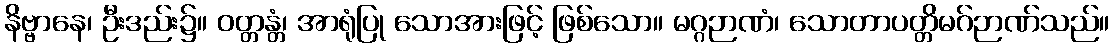
နိဗ္ဗာနေ၊ ဦးဒည်း၌။ ဝတ္တန္တံ၊ အာရုံပြု သောအားဖြင့် ဖြစ်သော။ မဂ္ဂဉာဏံ၊ သောတာပတ္တိမဂ်ဉာဏ်သည်။